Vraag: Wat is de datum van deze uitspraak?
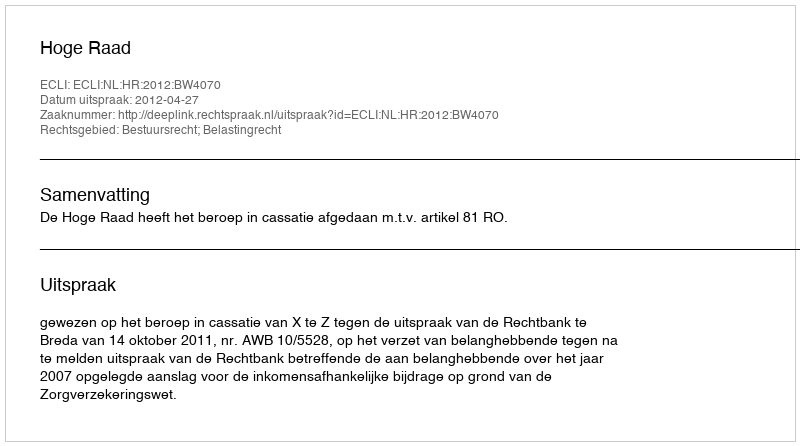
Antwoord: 2012-04-27